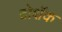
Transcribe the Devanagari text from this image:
टोशॅक